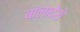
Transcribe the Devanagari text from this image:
बांलादेशे